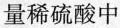
量稀硫酸中